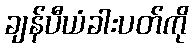
ချန်ပီယံခါးပတ်ကို